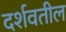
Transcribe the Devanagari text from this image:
दर्शवतील